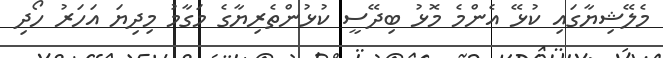
މެލޭޝިޔާގައި ކުޅޭ އެންމެ މޮޅު ބިދޭސީ ކުޅުންތެރިޔާގެ މަގާމު މިދިޔަ އަހަރު ހޯދި